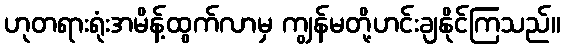
ဟုတရားရုံးအမိန့်ထွက်လာမှ ကျွန်မတို့ဟင်းချနိုင်ကြသည်။